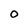
Character: 0